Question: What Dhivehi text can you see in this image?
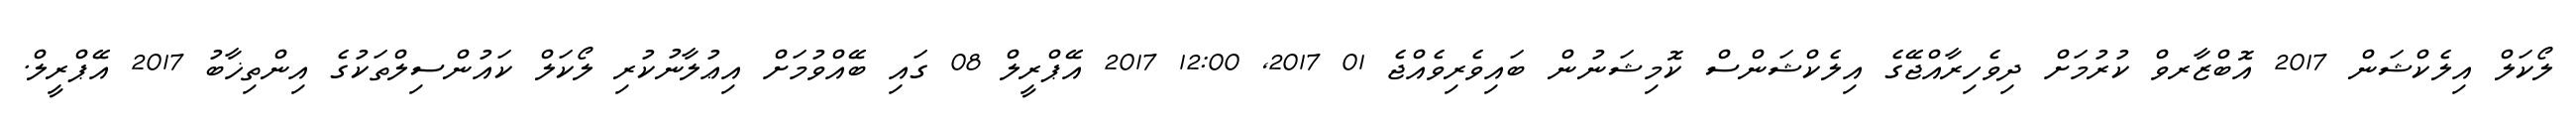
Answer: ލޯކަލް އިލެކްޝަން 2017 އޮބްޒާރވް ކުރުމަށް ދިވެހިރާއްޖޭގެ އިލެކްޝަންސް ކޮމިޝަނުން ބައިވެރިވެއްޖެ 01 2017, 12:00 2017 އޭޕްރީލް 08 ގައި ބޭއްވުމަށް އިޢުލާނުކުރި ލޯކަލް ކައުންސިލްތަކުގެ އިންތިޚާބު 2017 އޭޕްރީލް.